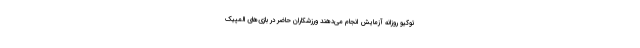
توکیو روزانه آزمایش انجام می‌دهند ورزشکاران حاضر در بازی‌های المپیک